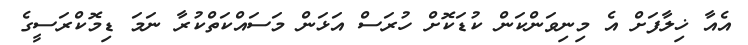
އެއާ ޚިލާފަށް އެ މިނިވަންކަން ކުޑަކޮށް ހުރަސް އަޅަން މަސައްކަތްކުރާ ނަމަ ޑިމޮކްރަސީގެ